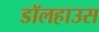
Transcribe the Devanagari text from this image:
डॉलहाउस